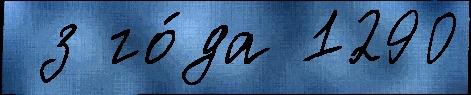
 з го́да 1290